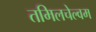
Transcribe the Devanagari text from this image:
तमिलचेल्वम